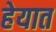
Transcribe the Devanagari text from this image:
हेयात